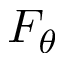
F _ { \theta }